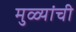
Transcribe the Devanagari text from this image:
मुळ्यांची